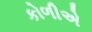
કોળીએ